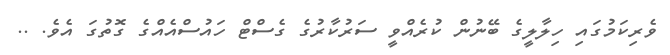
ވެރިކަމުގައި ހިލާލީގެ ބޭނުން ކުރެއްވީ ސަރުކާރުގެ ގެސްޓް ހައުސްއެއްގެ ގޮތުގަ އެވެ. ..